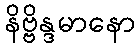
နိဗ္ဗိန္ဒမာနော